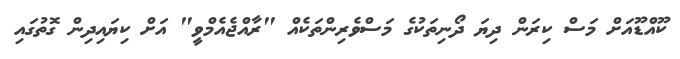
ކޫއްޑޫއަށް މަސް ކިރަން ދިޔަ ދޯނިތަކުގެ މަސްވެރިންތަކެއް "ރާއްޖެއެމްވީ" އަށް ކިޔައިދިން ގޮތުގައި